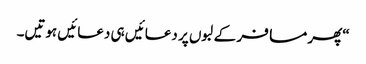
“پھر مسافر کے لبوں پر دعائیں ہی دعائیں ہوتیں۔